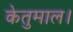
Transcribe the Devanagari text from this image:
केतुमाल।